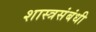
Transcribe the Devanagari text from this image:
शास्त्रसंबंधी